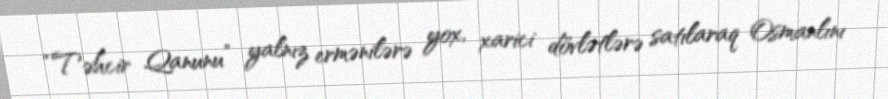
“Təhcir Qanunu” yalnız ermənilərə yox, xarici dövlətlərə satılaraq Osmanlını